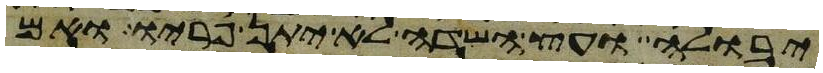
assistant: יבולה ועץ השדה לא יתן פריו ואם